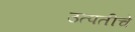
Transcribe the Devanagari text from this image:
उत्पतीचे